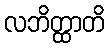
လဘိတ္ထာတိ